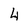
Character: 4